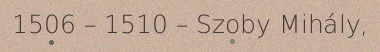
1506 – 1510 – Szoby Mihály,